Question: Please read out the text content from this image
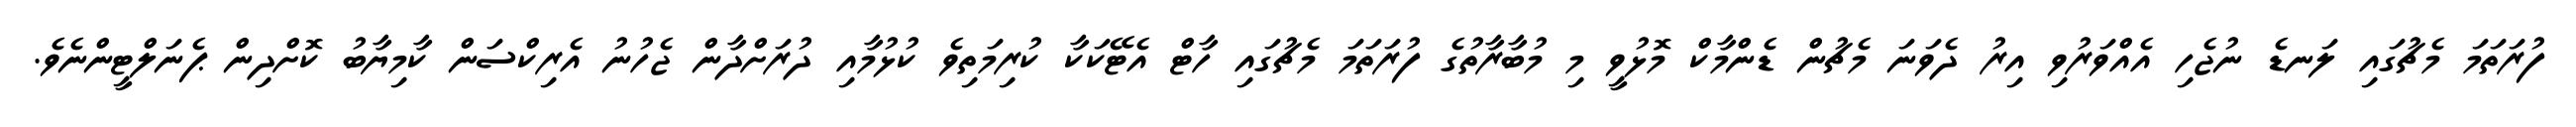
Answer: ފުރަތަމަ މެޗުގައި ލަނޑެ ނުޖެހި އެއްވަރުވި އިރު ދެވަނަ މެޗުން ޑެންމާކް މޮޅުވީ މި މުބާރާތުގެ ފުރަތަމަ މެޗުގައި ހާޓް އެޓޭކަކާ ކުރިމަތިވެ ކުޅުމާއި ދުރަށްދާން ޖެހުނު އެރިކްސަން ކާމިޔާބު ކޮށްދިން ޕެނަލްޓީންނެވެ.